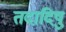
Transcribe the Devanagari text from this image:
तदादिषु